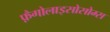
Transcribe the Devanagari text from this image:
फ़ैगोलाइसोसोम्स